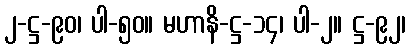
၂-ဋ္ဌ-၉၀၊ ပါ-၅၀။ မဟာနိ-ဋ္ဌ-၁၄၊ ပါ-၂။ ဋ္ဌ-၉၂၊